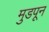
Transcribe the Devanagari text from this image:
मुडपून